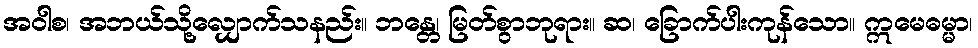
အဝါစ၊ အဘယ်သို့လျှောက်သနည်း။ ဘန္တေ၊ မြတ်စွာဘုရား။ ဆ၊ ခြောက်ပါးကုန်သော။ ဣမေဓမ္မာ၊